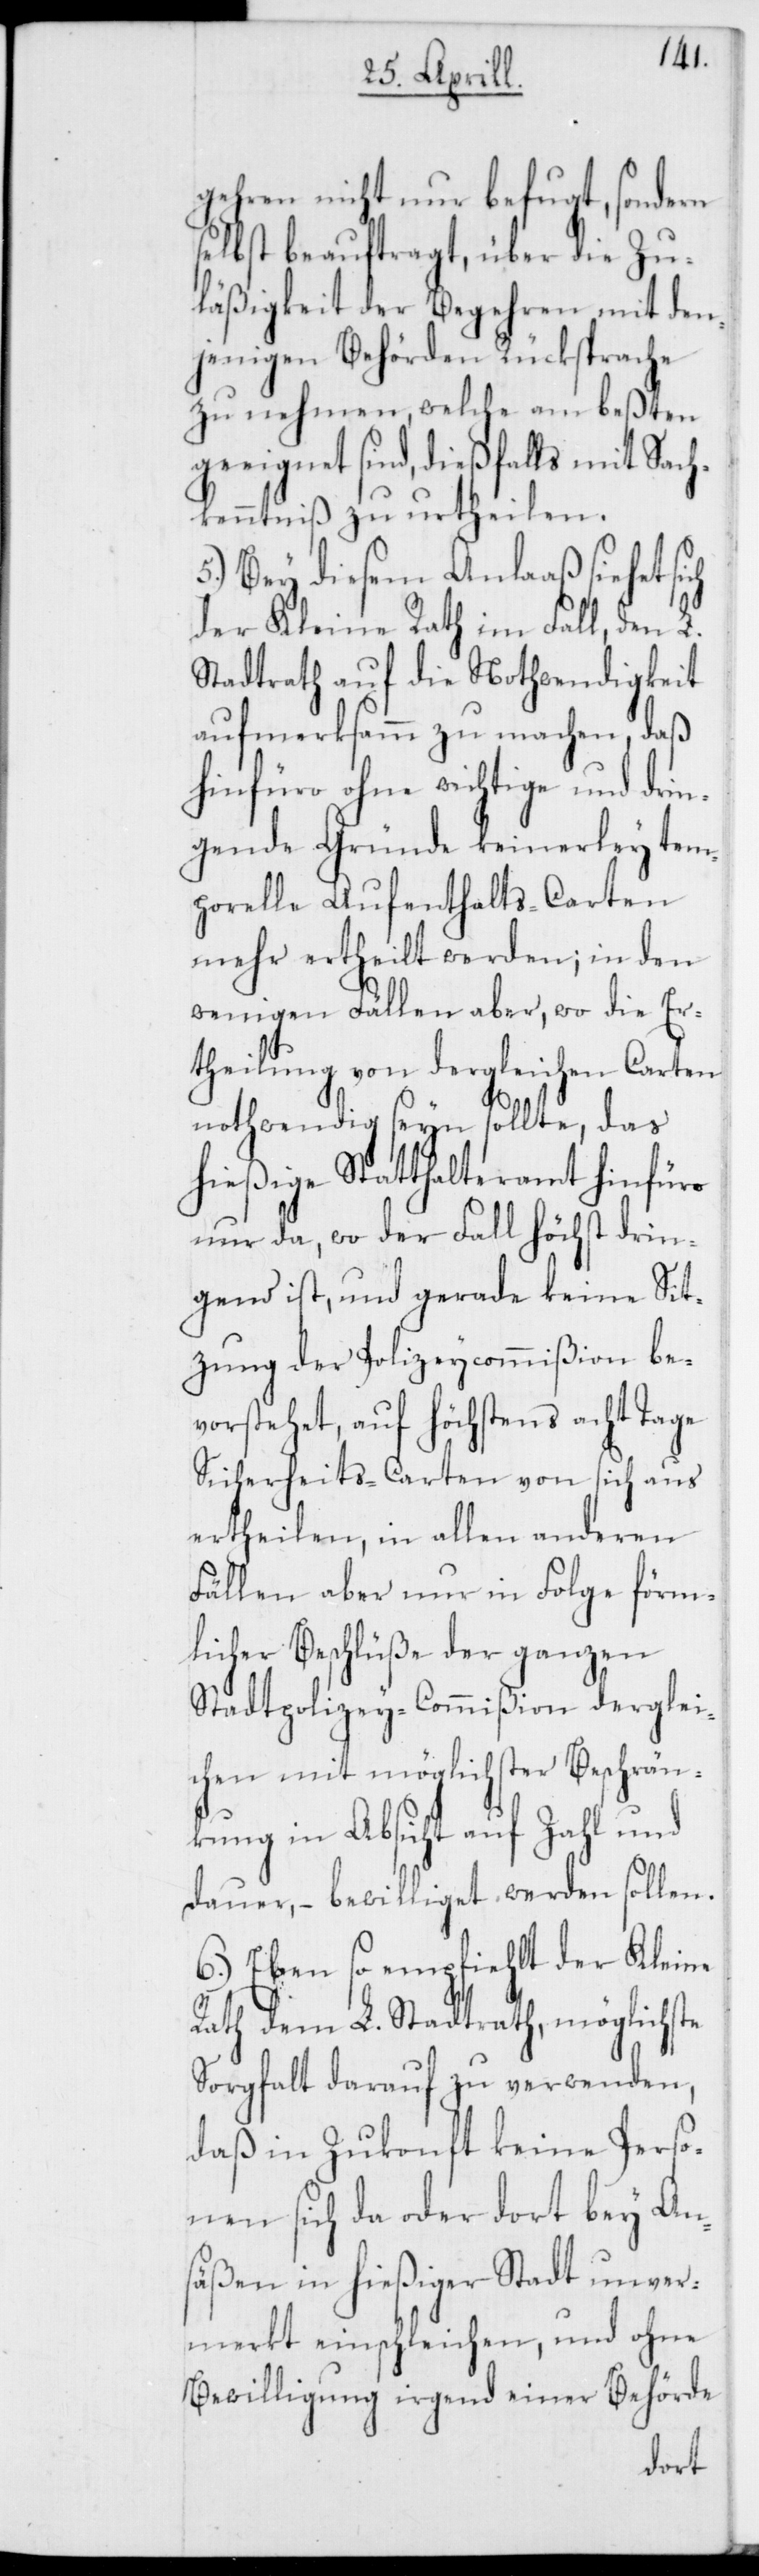
gehren nicht nur befugt, sondern
selbst beauftragt, über die Zu¬
läßigkeit der Begehren mit den¬
jenigen Behörden Rücksprache
zu nehmen, welche am beßten
geeignet sind, dießfalls mit Sach¬
kenntniß zu urtheilen.
5.) Bey diesem Anlaß siehet sich
der Kleine Rath im Fall, den L.
Stadtrath auf die Nothwendigkeit
aufmerksamm zu machen, daß
hinfüro ohne wichtige und drin¬
gende Gründe keinerley tem¬
porelle Aufenthalts-Carten
mehr ertheilt werden; in den
wenigen Fällen aber, wo die Er¬
theilung von dergleichen Carten
notwendig seyn sollte, das
hießige Statthalteramt hinfüro
nur da, wo der Fall höchst drin¬
gend ist und gerade keine Sit¬
zung der Polizeycommißion be¬
vorstehet, auf höchstens acht Tage
Sicherheits-Carten von sich aus
ertheilen, in allen anderen
Fällen aber nur in Folge förm¬
licher Beschlüße der ganzen
Stadtpolizey-Commißion derglei¬
chen mit möglichster Beschrän¬
kung in Absicht auf Zahl und
Dauer, – bewilliget werden sollen.
6.) Eben so empfiehlt der Kleine
Rath dem L. Stadtrath, möglichste
Sorgfalt darauf zu verwenden,
daß in Zukonft keine Perso¬
nen sich da oder dort bey An¬
säßen in hießiger Stadt unver¬
merkt einschleichen, und ohne
Bewilligung irgend einer Behörde